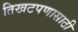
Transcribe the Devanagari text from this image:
तिखटपणासाठी